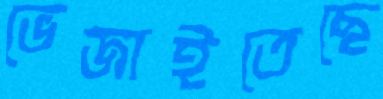
ভেজাইতেছে